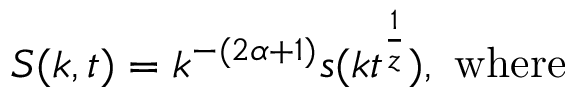
S ( k , t ) = k ^ { - ( 2 \alpha + 1 ) } s ( k t ^ { \frac { 1 } { z } } ) , \mathrm { \, \, w h e r e }